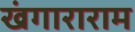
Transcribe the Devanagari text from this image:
खंगाराराम